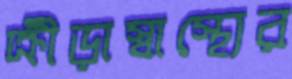
ক্রীড়াস্বাস্থ্যের